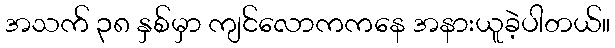
အသက် ၃၈ နှစ်မှာ ကျင်လောကကနေ အနားယူခဲ့ပါတယ်။